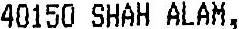
40150 SHAH ALAM,